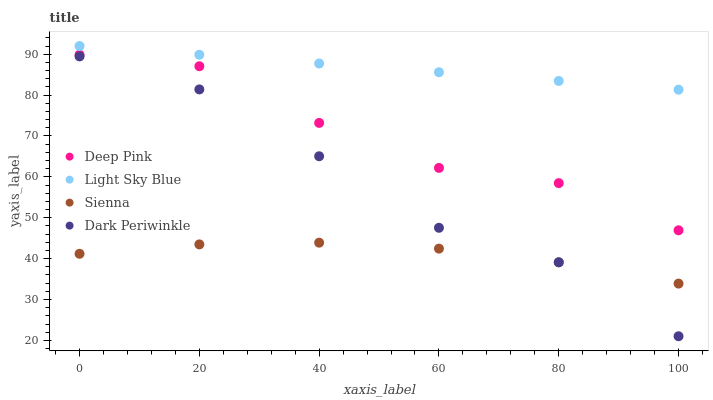
| xaxis_label | Deep Pink | Light Sky Blue | Sienna | Dark Periwinkle |
 | --- | --- | --- | --- | --- |
 | 0 | 89.9 | 92 | 41.2 | 89.5 |
 | 20 | 87.1 | 89.9 | 43.5 | 81.4 |
 | 40 | 73.2 | 87.7 | 43.9 | 65 |
 | 60 | 62.2 | 85.6 | 42.4 | 47.5 |
 | 80 | 58.5 | 83.5 | 39.1 | 39.1 |
 | 100 | 46.9 | 81.3 | 33.9 | 21 |